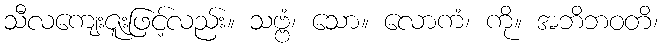
သီလကျေးဇူးဖြင့်လည်း။ သဗ္ဗံ၊ သော။ လောကံ၊ ကို။ အဘိဘဝတိ၊